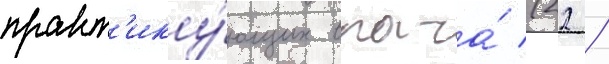
практ'ику́ющих врача́ (22 /